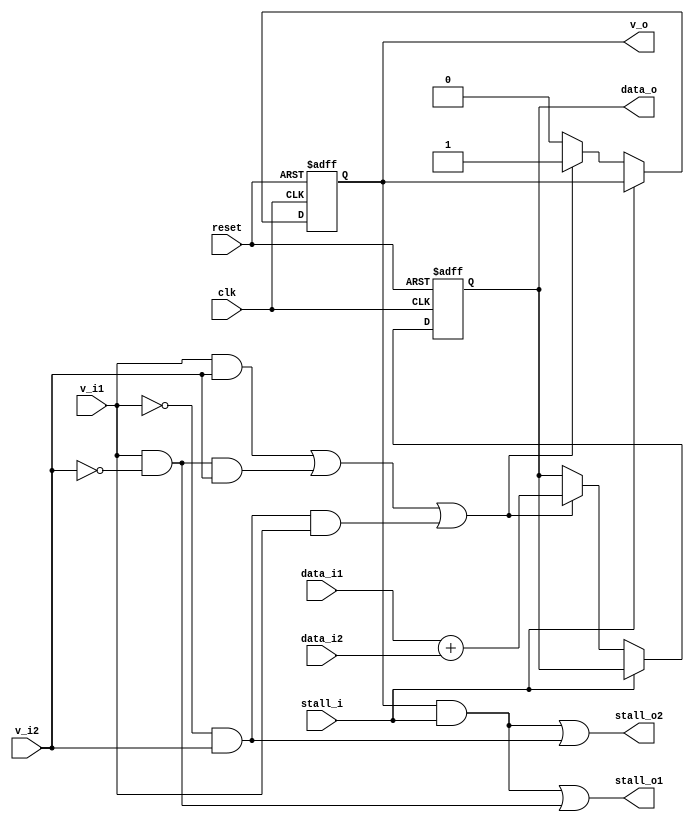
module add_stage(clk, reset,
                v_i1, v_i2, v_o,
                data_i1, data_i2, data_o,
                stall_i, stall_o1, stall_o2);

    input  clk, reset;
    input  v_i1, v_i2;
    output v_o;
    input [31:0] data_i1, data_i2;
    output [31:0] data_o;
    input stall_i;
    output stall_o1, stall_o2;

    wire [31:0] add_tmp;
    wire only_1;
    wire only_2;

    reg v_r;
    reg [31:0] data_r;

    assign v_o = v_r;
    assign data_o = data_r;
    assign add_tmp = data_i1 + data_i2;
    assign only_1 = v_i1 & ~v_i2;
    assign only_2 = ~v_i1 & v_i2;
    assign stall_o1 = (v_r & stall_i) | only_1;
    assign stall_o2 = (v_r & stall_i) | only_2;

    always @(posedge clk or negedge reset) begin
        if (~reset) begin
            v_r <= 0;
            data_r <= 0;
        end else begin
            if (~stall_i) begin
                if (v_i1 & v_i2 | only_1 & v_i2 | only_2 & v_i1) begin
                    v_r <= 1;
                    data_r <= add_tmp;
                end else begin
                    v_r <= 0;
                end
            end
        end
    end
endmodule